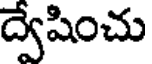
ద్వేషించు